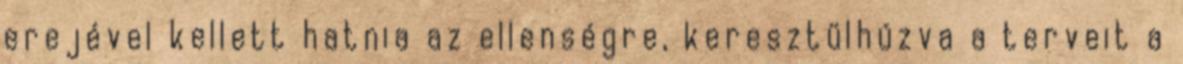
erejével kellett hatnia az ellenségre, keresztülhúzva a terveit a